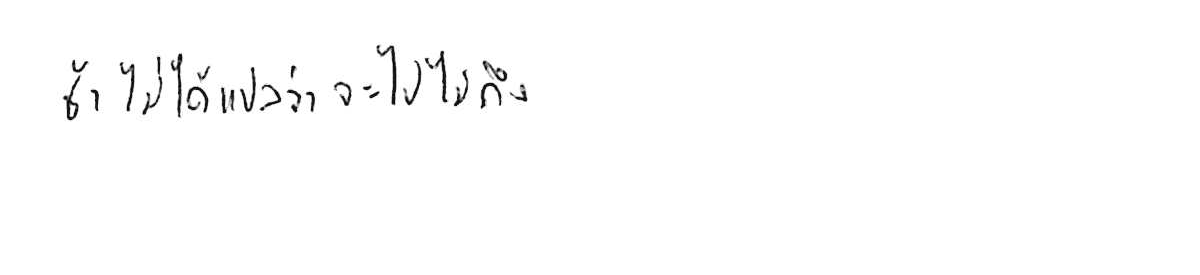
ช้า ไม่ได้แปลว่า จะไปไม่ถึง